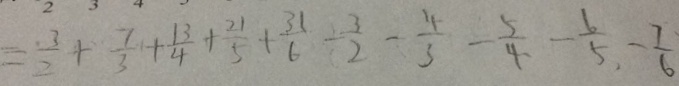
= \frac { 3 } { 2 } + \frac { 7 } { 3 } + \frac { 1 3 } { 4 } + \frac { 2 1 } { 5 } + \frac { 3 1 } { 6 } - \frac { 3 } { 2 } - \frac { 4 } { 3 } - \frac { 5 } { 4 } - \frac { 6 } { 5 } . - \frac { 7 } { 6 }